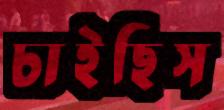
চাইছিস